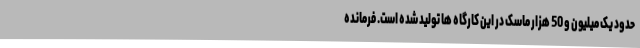
حدود یک میلیون و 50 هزار ماسک در این کارگاه ها تولید شده است. فرمانده